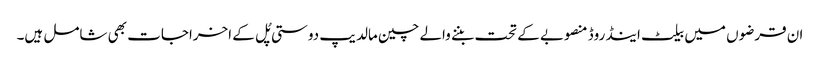
ان قرضوں میں بیلٹ اینڈ روڈ منصوبے کے تحت بننے والے چین مالدیپ دوستی پُل کے اخراجات بھی شامل ہیں۔